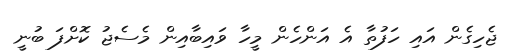
ޖެހިގެން އައި ހަފުތާ އެ އަންހެން މީހާ ވައިބާއިން މެސެޖު ކޮށްފަ ބުނީ